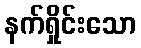
နက်ရှိုင်းသော